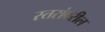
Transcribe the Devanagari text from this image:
स्‍तरांवरील